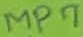
Text: MP7